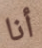
أنا